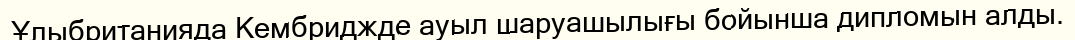
Ұлыбританияда Кембриджде ауыл шаруашылығы бойынша дипломын алды.